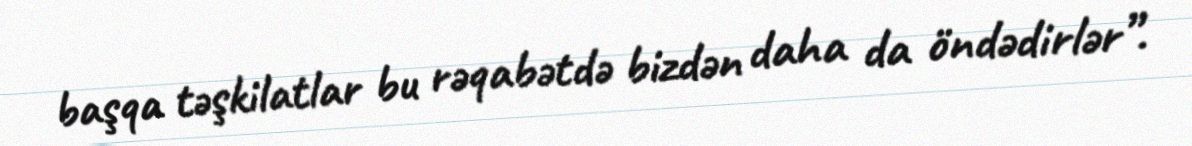
başqa təşkilatlar bu rəqabətdə bizdən daha da öndədirlər”.